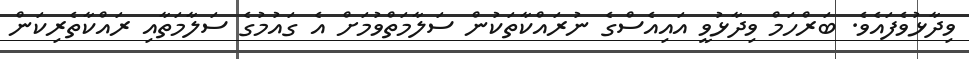
ވިދާޅުވެފައެވެ. ބަރްހަމް ވިދާޅުވީ އައިއެސްގެ ނުރައްކާތަކުން ސަލާމަތްވުމަށް އެ ގައުމުގެ ސަލާމަތާއި ރައްކާތެރިކަން